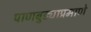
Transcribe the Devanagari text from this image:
पाणबुड्याप्रमाणे